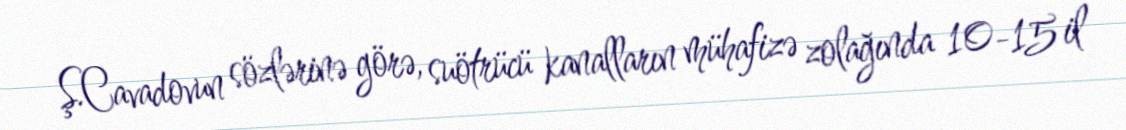
Ş.Cavadovun sözlərinə görə, suötrücü kanalların mühafizə zolağında 10-15 il